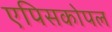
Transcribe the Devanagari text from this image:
एपिसकोपल